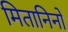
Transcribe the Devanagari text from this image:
मितानिनों